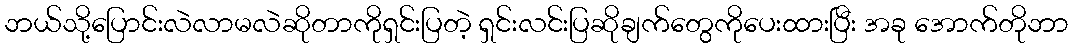
ဘယ်သို့ပြောင်းလဲလာမလဲဆိုတာကိုရှင်းပြတဲ့ ရှင်းလင်းပြဆိုချက်တွေကိုပေးထားပြီး အခု အောက်တိုဘာ